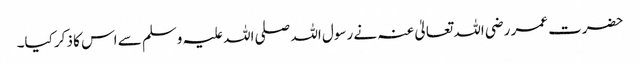
حضرت عمر رضی اللہ تعالیٰ عنہ نے رسول اللہ صلی اللہ علیہ وسلم سے اس کا ذکر کیا۔